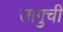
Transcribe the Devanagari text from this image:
तागुची